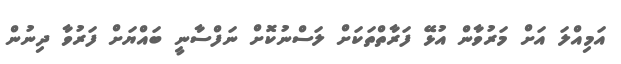
އަމިއްލަ އަށް މަރުވާން އުޅޭ ފަރާތްތަކަށް ލަސްނުކޮށް ނަފްސާނީ ބައްޔަށް ފަރުވާ ދިނުން